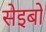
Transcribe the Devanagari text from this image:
सेइबो